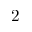
2